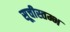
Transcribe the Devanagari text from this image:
सूचीस्तम्भ